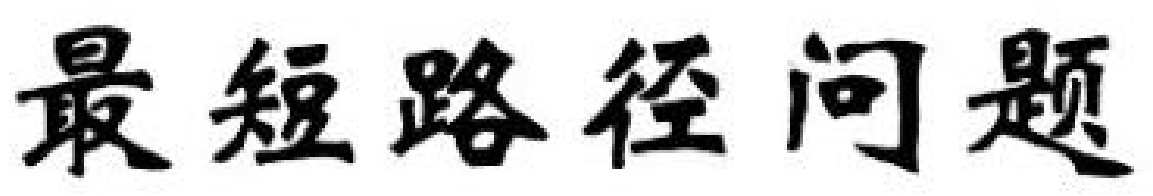
最短路径问题